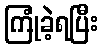
ကြုံခဲ့ရပြီး